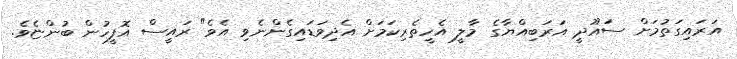
އަރައިގަތުމަށް ސައޫދީ އަރަބިއްޔާގެ މާލީ އެހީތެރިކަމަށް އެދިވަޑައިގެންނެވި އެވެ" ރައީސް އޮފީހުން ބުންޏެވެ.